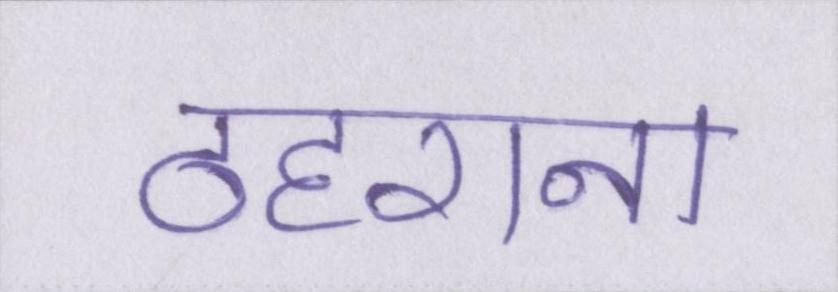
ठहराना